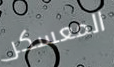
المعسكر